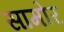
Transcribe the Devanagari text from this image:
सामोर